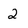
Character: 2